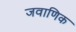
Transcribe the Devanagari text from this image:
जवाणिक